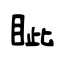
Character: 眦